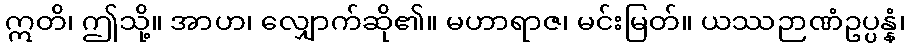
ဣတိ၊ ဤသို့။ အာဟ၊ လျှောက်ဆို၏။ မဟာရာဇ၊ မင်းမြတ်။ ယဿဉာဏံဥပ္ပန္နံ၊